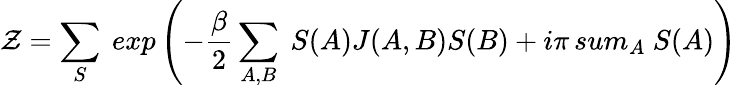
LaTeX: \mathcal{Z}=\sum_{S}\ exp\left(-{\frac{{\beta}}{{2}}}\sum_{A,B}\ S(A)J(A,B)S(B)+i\pi\, sum_{A}\ S(A)\right)